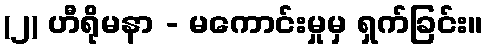
(၂) ဟီရိုမနာ - မကောင်းမှုမှ ရှက်ခြင်း။